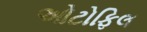
ઓટોફિલ